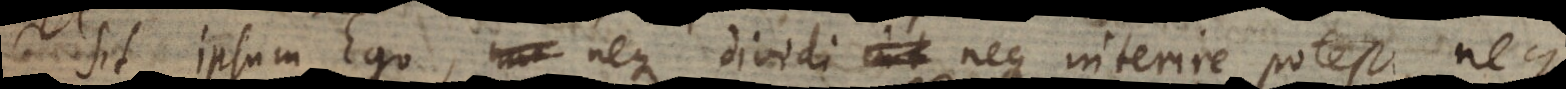
sit ipsum Ego, neque dividi neque interire potest, nequ